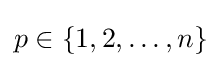
p\in \{1,2,\ldots ,n\}